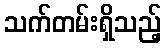
သက်တမ်းရှိသည့်